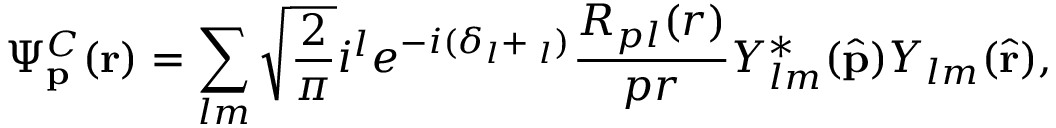
\Psi _ { { \bf { p } } } ^ { C } ( { \bf { r } } ) = \sum _ { l m } \sqrt { \frac { 2 } { \pi } } i ^ { l } e ^ { - i ( \delta _ { l } + \vartriangle _ { l } ) } \frac { R _ { p l } ( { r } ) } { p r } Y _ { l m } ^ { \ast } ( \hat { \bf { p } } ) Y _ { l m } ( \hat { \bf { r } } ) ,